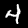
Label: 4